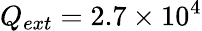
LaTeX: Q_{ext}=2.7\times 10^{4}